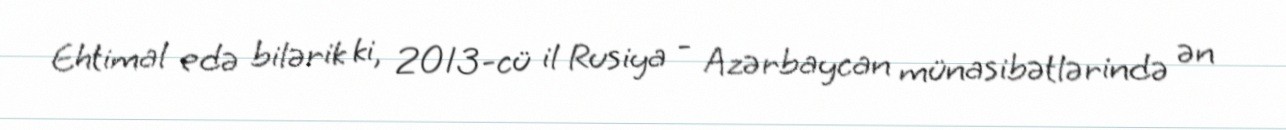
Ehtimal edə bilərik ki, 2013-cü il Rusiya - Azərbaycan münasibətlərində ən